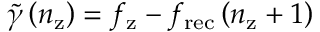
\widetilde { \gamma } \left( n _ { \mathrm { z } } \right) = f _ { \mathrm { z } } - f _ { \mathrm { r e c } } \left( n _ { \mathrm { z } } + 1 \right)